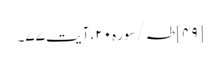
[۴۹] طہ/سوره۲۰، آیت ۷۷۔